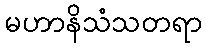
မဟာနိသံသတရာ